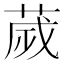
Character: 𦴹